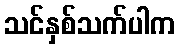
သင်နှစ်သက်ပါက